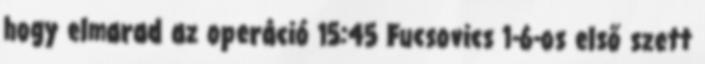
hogy elmarad az operáció 15:45 Fucsovics 1-6-os első szett